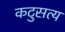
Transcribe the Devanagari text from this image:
कटुसत्य